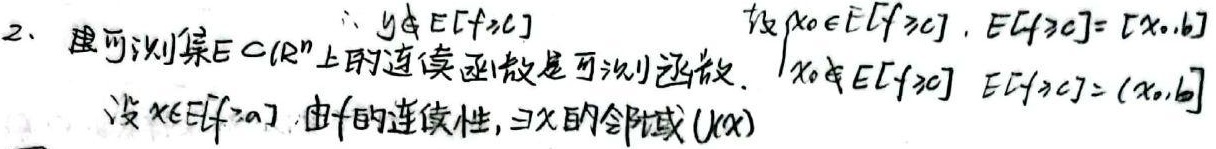
2. 证明可测集\(E\subset \mathbb{R}^{n}\)上的连续函数是可测函数。

设\(x\in E[f > c]\)。由\(f\)的连续性，存在\(x\)的邻域\(U(x)\)。

因为\(y\notin E[f\geq c]\)，设\(x_0\in E[f\geq c]\)，\(E[f\geq c]=[x_0,b]\)，\(x_0\notin E[f > c]\)，\(E[f > c]=(x_0,b]\) 。

数学公式部分：
设\(x\in E[f > c]\)。由\(f\)的连续性，\(\exists x\)的邻域\(U(x)\)。
\(\because y\notin E[f\geq c]\)设\(x_0\in E[f\geq c]\)，\(E[f\geq c]=[x_0,b]\)
\(x_0\notin E[f > c]\)，\(E[f > c]=(x_0,b]\)